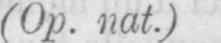
(Op. nat.)